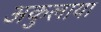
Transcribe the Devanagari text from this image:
अकुलाया